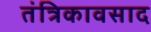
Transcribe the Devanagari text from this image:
तंत्रिकावसाद